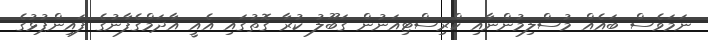
ނަމަވެސް ބައެއް މުސްލިމުންނާއި ކްރިސްޓިއަނުން ގަބޫލު ކުރާ ގޮތުގައި އެއީ އާދަމްގެފާނުގެ ފައިންޕުޅުގެ